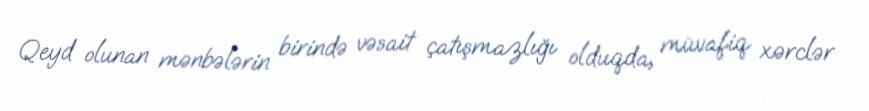
Qeyd olunan mənbələrin birində vəsait çatışmazlığı olduqda, müvafiq xərclər